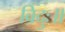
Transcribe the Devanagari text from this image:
विदुः॥